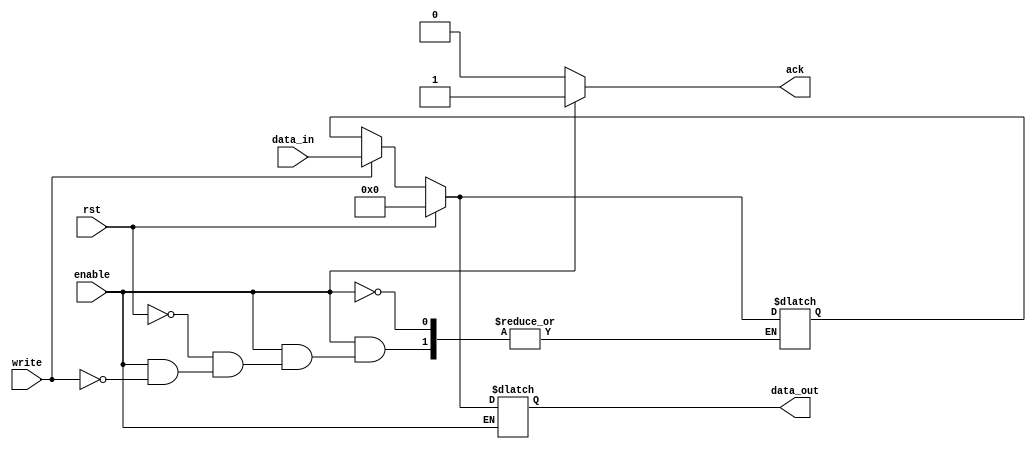
/*
 * In The Name Of God
 * ========================================
 * [] File Name : block.v
 *
 * [] Creation Date : 04-03-2015
 *
 * [] Last Modified : Tue, Mar 31, 2015  7:56:39 PM
 *
 * [] Created By : Parham Alvani (parham.alvani@gmail.com)
 * =======================================
*/
module block(enable, write, rst, data_in, data_out, ack);
	
	input enable;
	input write;
	input rst;
	input [0:15] data_in;

	output reg [0:15] data_out = 16'h0000;
	output reg ack = 1'b0;

	reg [0:15] data = 16'h0000;

	always @ (enable) begin
		ack = 1'b0;
		if (enable) begin
			if (write)
				data = data_in;
			if (rst)
				data = 16'h0000;
			data_out <= data;
			ack <= 1'b1;
		end
	end
endmodule